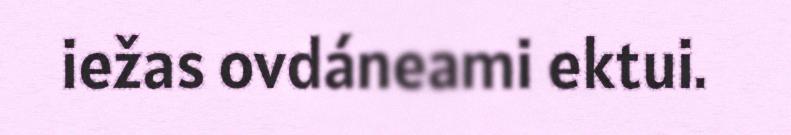
iežas ovdáneami ektui.